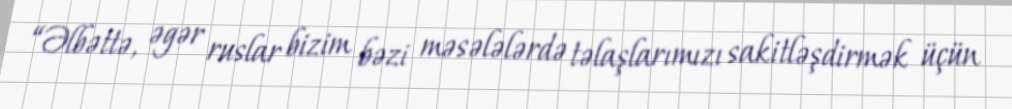
“Əlbəttə, əgər ruslar bizim bəzi məsələlərdə təlaşlarımızı sakitləşdirmək üçün